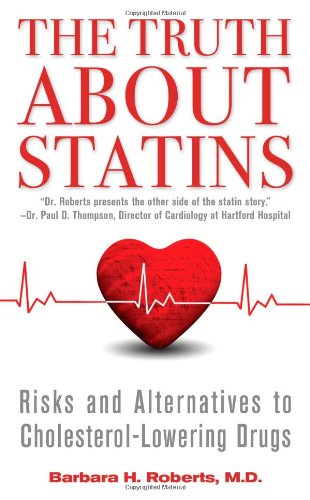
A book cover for The Truth About Statins: Risks and Alternatives to Cholesterol-Lowering Drugs; Barbara H. Roberts M.D.; Health, Fitness & Dieting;